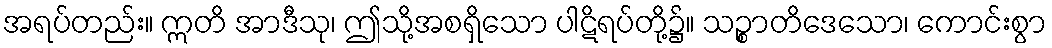
အရပ်တည်း။ ဣတိ အာဒီသု၊ ဤသို့အစရှိသော ပါဋိရပ်တို့၌။ သဉ္စာတိဒေသော၊ ကောင်းစွာ